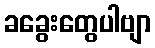
ခခွေးတွေပါဗျာ